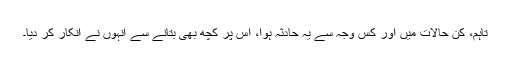
تاہم، کن حالات میں اور کس وجہ سے یہ حادثہ ہوا، اس پر کچھ بھی بتانے سے انہوں نے انکار کر دیا۔